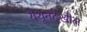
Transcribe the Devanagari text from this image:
येथूनदेखील